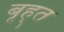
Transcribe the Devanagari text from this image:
बृह्त